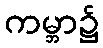
ကမ္ဘာ၌